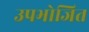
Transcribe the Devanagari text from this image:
उपभोजित